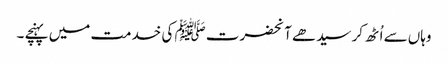
وہاں سے اُٹھ کر سیدھے آنحضرت ﷺ کی خدمت میں پہنچے ۔